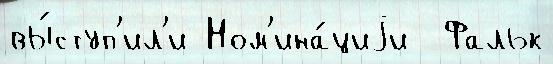
вы́ступ'ил'и Ном'ина́циjи  Фальк